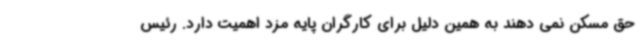
حق مسکن نمی دهند به همین دلیل برای کارگران پایه مزد اهمیت دارد. رئیس